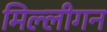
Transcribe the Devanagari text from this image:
मिल्लीगन